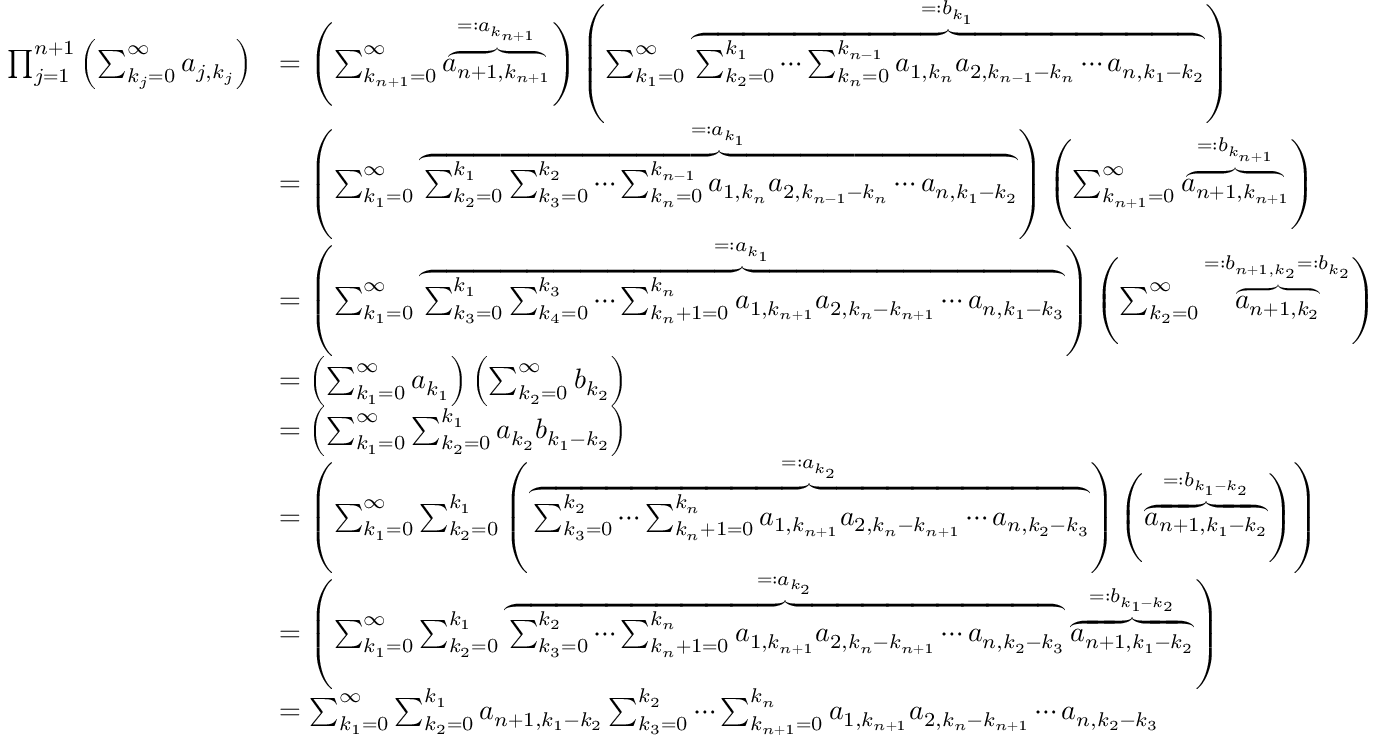
{ \begin{array} { r l } { \prod _ { j = 1 } ^ { n + 1 } \left( \sum _ { k _ { j } = 0 } ^ { \infty } a _ { j , k _ { j } } \right) } & { = \left( \sum _ { k _ { n + 1 } = 0 } ^ { \infty } \overbrace { a _ { n + 1 , k _ { n + 1 } } } ^ { = : a _ { k _ { n + 1 } } } \right) \left( \sum _ { k _ { 1 } = 0 } ^ { \infty } \overbrace { \sum _ { k _ { 2 } = 0 } ^ { k _ { 1 } } \cdots \sum _ { k _ { n } = 0 } ^ { k _ { n - 1 } } a _ { 1 , k _ { n } } a _ { 2 , k _ { n - 1 } - k _ { n } } \cdots a _ { n , k _ { 1 } - k _ { 2 } } } ^ { = : b _ { k _ { 1 } } } \right) } \\ & { = \left( \sum _ { k _ { 1 } = 0 } ^ { \infty } \overbrace { \sum _ { k _ { 2 } = 0 } ^ { k _ { 1 } } \sum _ { k _ { 3 } = 0 } ^ { k _ { 2 } } \cdots \sum _ { k _ { n } = 0 } ^ { k _ { n - 1 } } a _ { 1 , k _ { n } } a _ { 2 , k _ { n - 1 } - k _ { n } } \cdots a _ { n , k _ { 1 } - k _ { 2 } } } ^ { = : a _ { k _ { 1 } } } \right) \left( \sum _ { k _ { n + 1 } = 0 } ^ { \infty } \overbrace { a _ { n + 1 , k _ { n + 1 } } } ^ { = : b _ { k _ { n + 1 } } } \right) } \\ & { = \left( \sum _ { k _ { 1 } = 0 } ^ { \infty } \overbrace { \sum _ { k _ { 3 } = 0 } ^ { k _ { 1 } } \sum _ { k _ { 4 } = 0 } ^ { k _ { 3 } } \cdots \sum _ { k _ { n } + 1 = 0 } ^ { k _ { n } } a _ { 1 , k _ { n + 1 } } a _ { 2 , k _ { n } - k _ { n + 1 } } \cdots a _ { n , k _ { 1 } - k _ { 3 } } } ^ { = : a _ { k _ { 1 } } } \right) \left( \sum _ { k _ { 2 } = 0 } ^ { \infty } \overbrace { a _ { n + 1 , k _ { 2 } } } ^ { = : b _ { n + 1 , k _ { 2 } } = : b _ { k _ { 2 } } } \right) } \\ & { = \left( \sum _ { k _ { 1 } = 0 } ^ { \infty } a _ { k _ { 1 } } \right) \left( \sum _ { k _ { 2 } = 0 } ^ { \infty } b _ { k _ { 2 } } \right) } \\ & { = \left( \sum _ { k _ { 1 } = 0 } ^ { \infty } \sum _ { k _ { 2 } = 0 } ^ { k _ { 1 } } a _ { k _ { 2 } } b _ { k _ { 1 } - k _ { 2 } } \right) } \\ & { = \left( \sum _ { k _ { 1 } = 0 } ^ { \infty } \sum _ { k _ { 2 } = 0 } ^ { k _ { 1 } } \left( \overbrace { \sum _ { k _ { 3 } = 0 } ^ { k _ { 2 } } \cdots \sum _ { k _ { n } + 1 = 0 } ^ { k _ { n } } a _ { 1 , k _ { n + 1 } } a _ { 2 , k _ { n } - k _ { n + 1 } } \cdots a _ { n , k _ { 2 } - k _ { 3 } } } ^ { = : a _ { k _ { 2 } } } \right) \left( \overbrace { a _ { n + 1 , k _ { 1 } - k _ { 2 } } } ^ { = : b _ { k _ { 1 } - k _ { 2 } } } \right) \right) } \\ & { = \left( \sum _ { k _ { 1 } = 0 } ^ { \infty } \sum _ { k _ { 2 } = 0 } ^ { k _ { 1 } } \overbrace { \sum _ { k _ { 3 } = 0 } ^ { k _ { 2 } } \cdots \sum _ { k _ { n } + 1 = 0 } ^ { k _ { n } } a _ { 1 , k _ { n + 1 } } a _ { 2 , k _ { n } - k _ { n + 1 } } \cdots a _ { n , k _ { 2 } - k _ { 3 } } } ^ { = : a _ { k _ { 2 } } } \overbrace { a _ { n + 1 , k _ { 1 } - k _ { 2 } } } ^ { = : b _ { k _ { 1 } - k _ { 2 } } } \right) } \\ & { = \sum _ { k _ { 1 } = 0 } ^ { \infty } \sum _ { k _ { 2 } = 0 } ^ { k _ { 1 } } a _ { n + 1 , k _ { 1 } - k _ { 2 } } \sum _ { k _ { 3 } = 0 } ^ { k _ { 2 } } \cdots \sum _ { k _ { n + 1 } = 0 } ^ { k _ { n } } a _ { 1 , k _ { n + 1 } } a _ { 2 , k _ { n } - k _ { n + 1 } } \cdots a _ { n , k _ { 2 } - k _ { 3 } } } \end{array} }